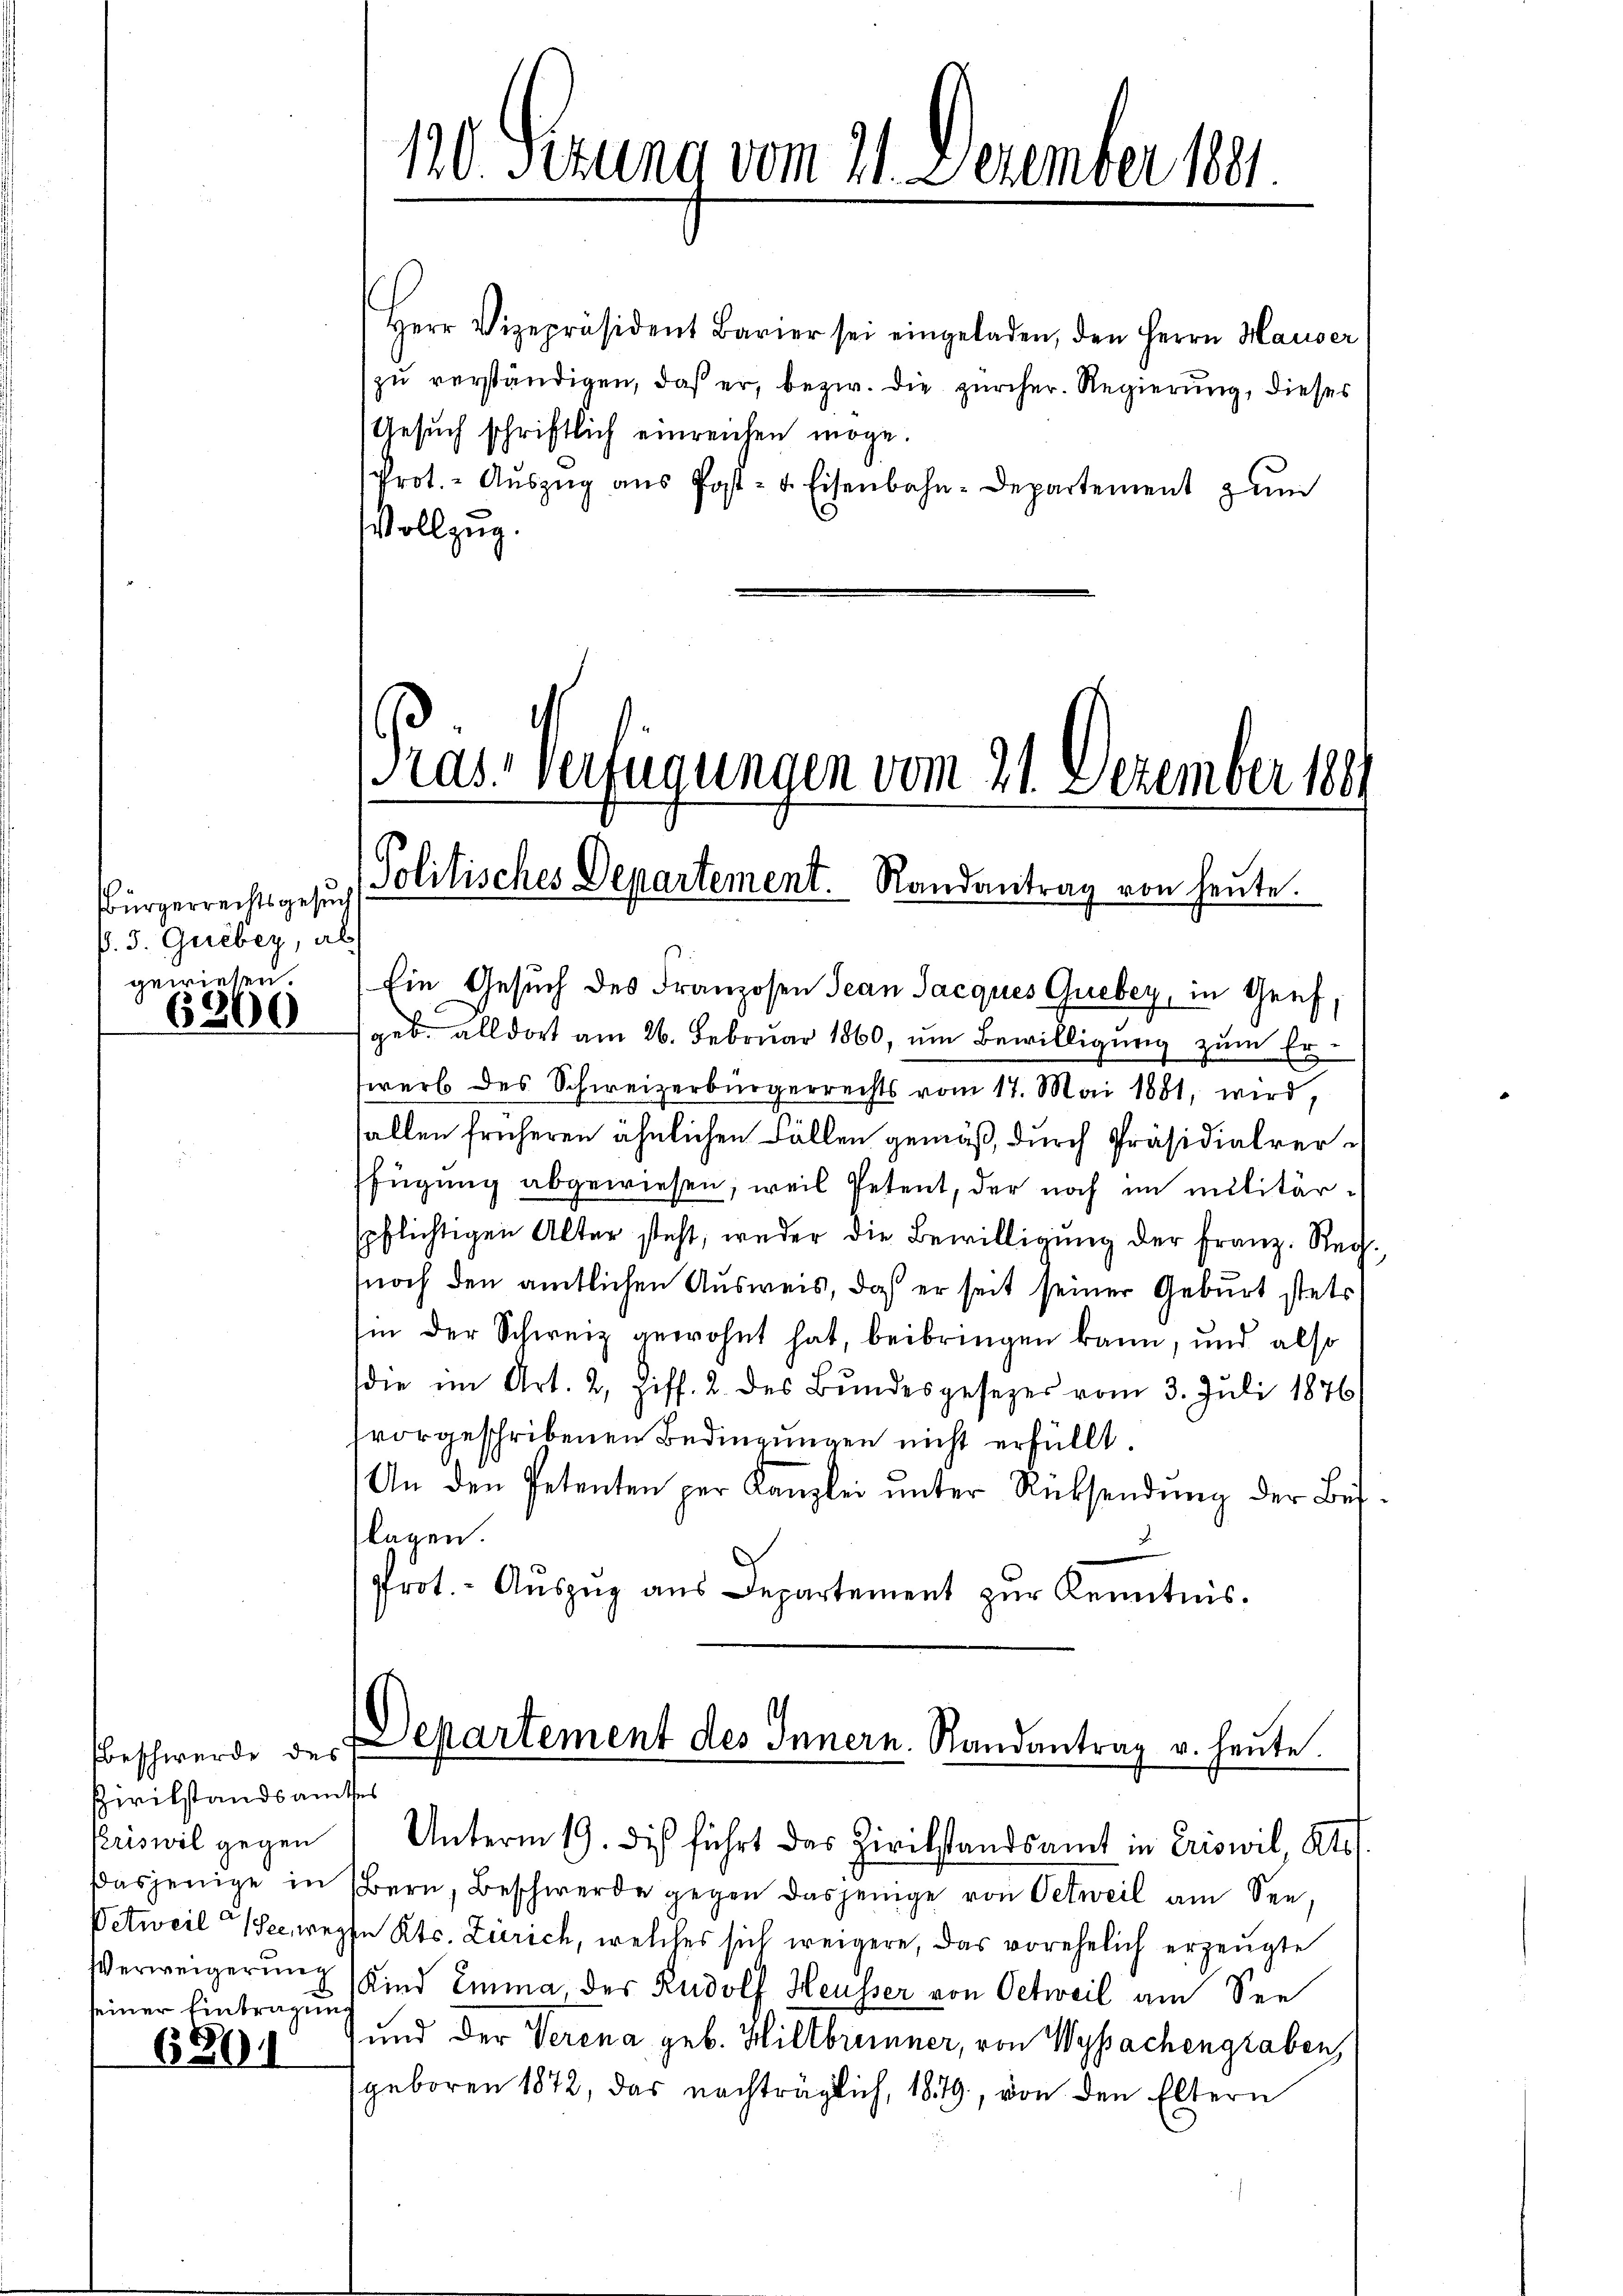
Bürgerrechtsgesuch
P. J. Gueber, als
gewiesen.

6300

beschwerde des
Pivilstandsamtes
seiner Eintragen

689.

120. Fezung vom 21. Dezember 1891

Herr Vizepräsident Bavier sei eingeladen, den Herrn Hauser
zu verständigen, daß er, bezw. die zürcher. Regierung, dieses
Gesuch schriftlich einreichen möge.
Prot. - Aŭszŭg aŭs Post- u. Eisenbahn-Departement zŭm
Vollzug.

Präs. Verfügungen vom 21. Dezember 188
Politisches Departement. Randantrag von heŭte.

Ein Gesuch des Franzosen Jean Jacques Gueber, in Genf,
geb. alldort am 26. Februar 1860, um Bewilligung zum Erwerb des Schweizerbürgerrechts vom 17. Mai 1881, wird,
fallen früheren ähnlichen Fällen gemäß, durch Präsidialverffügung abgewiesen, weil Petent, der noch im militärpflichtigen Alter steht, weder die Bewilligung der Franz. Regnoch den amtlichen Ausweis, daß er seit seiner Geburt stets
hin der Schweiz gewohnt hat, beibringen kann, und also
die im Art. 2, Ziff. 2. des Bŭndesgesezes vom 3. Juli 1876/
vorgeschribenen Bedingungen nicht erfüllt.
An den Petenten per Kanzlei ŭnter Rücksendŭng der Bis-
lagen.
2
prot. - Auszug aus Departement zur Kenntnis.

Departement des Innern. Randantrag u. heute.
Priswil gegen Unterm 19. di führt das Zivilstandsamt in Eriswil, Kts.

dasjenige in Bern, Beschwerde gegen dasjenige von Oetweil am See,
Vetweil er wegen Kts. Zürich, welches sich weigere, das vorehelich erzeugte
Verweigerung Kind Emma, der Rudolf Heusser von Oetweil am See
und der Verena geb. Hiltbrunner, von Wyssachengraben,
geboren 1872, das nachträglich, 1879, von den Eltern